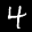
Digit: 4